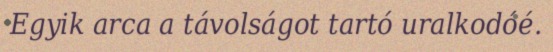
Egyik arca a távolságot tartó uralkodóé.